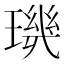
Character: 𱯠